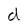
Character: d